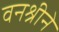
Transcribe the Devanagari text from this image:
वनश्रीने